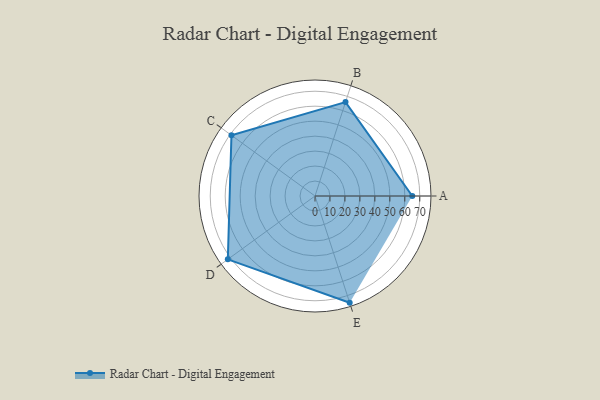
{"axis": {"x": "Skill", "y": "Score"}, "legend": ["Profile"], "data": [{"x": "A", "y": 65.0, "type": "Profile"}, {"x": "B", "y": 66.0, "type": "Profile"}, {"x": "C", "y": 69.0, "type": "Profile"}, {"x": "D", "y": 72.0, "type": "Profile"}, {"x": "E", "y": 75.0, "type": "Profile"}]}